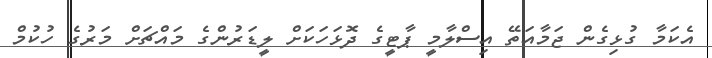
އެކަމާ ގުޅިގެން ޖަމާއަތޭ އިސްލާމީ ޕާޓީގެ ދޮޅަހަކަށް ލީޑަރުންގެ މައްޗަށް މަރުގެ ހުކުމް